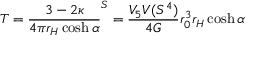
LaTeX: T = \frac { 3 - 2 \kappa } { 4 \pi r _ { H } \cosh \alpha } \sp S = \frac { V _ { 5 } V ( S ^ { 4 } ) } { 4 G } r _ { 0 } ^ { 3 } r _ { H } \cosh \alpha